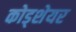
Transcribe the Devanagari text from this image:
कोड्शेयर